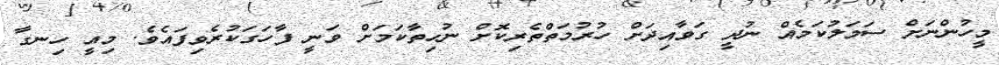
މީހުންނަށް ސަމަލުކަމެއް ނުދީ ގަވާއިދަށް ހުރުމަތްތެރިކޮށް ނުހިތާކަމަށް ވަނީ ފާހަގަކުރެވިފައެވެ. މިއީ ހިނގާ